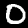
Digit: 0